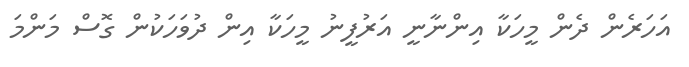
އަހަރެން ދެން މީހަކާ އިންނާނީ އަރުފީނު މީހަކާ އިން ދުވަހަކުން ގޮސް މަންމަ